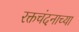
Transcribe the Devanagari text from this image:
रक्तचंदनाच्या